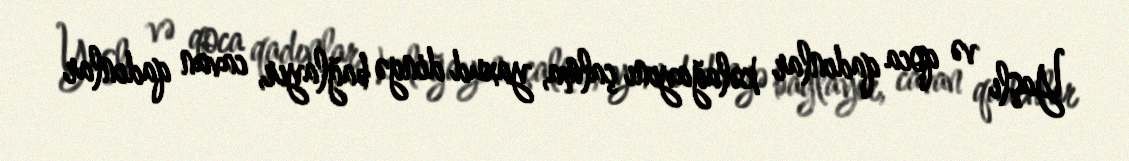
Yaşlı və qoca qadınlar kəlağayını çalma, yaxud dingə bağlayır, cavan qadınlar